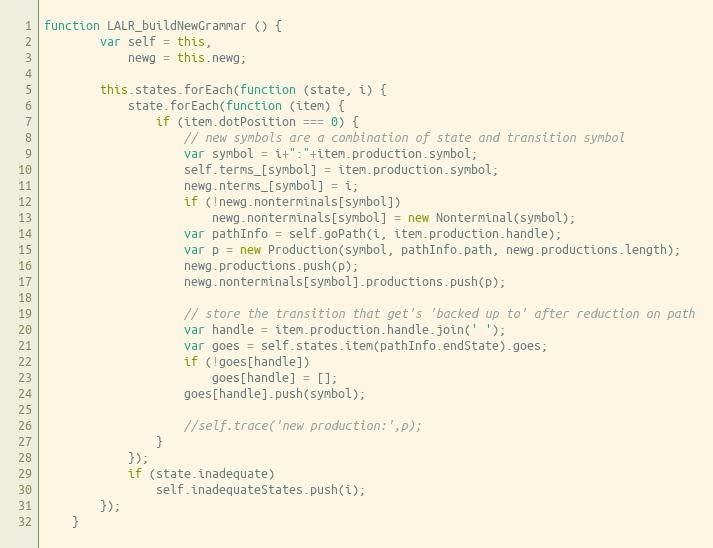
Language: JavaScript
function LALR_buildNewGrammar () {
        var self = this,
            newg = this.newg;

        this.states.forEach(function (state, i) {
            state.forEach(function (item) {
                if (item.dotPosition === 0) {
                    // new symbols are a combination of state and transition symbol
                    var symbol = i+":"+item.production.symbol;
                    self.terms_[symbol] = item.production.symbol;
                    newg.nterms_[symbol] = i;
                    if (!newg.nonterminals[symbol])
                        newg.nonterminals[symbol] = new Nonterminal(symbol);
                    var pathInfo = self.goPath(i, item.production.handle);
                    var p = new Production(symbol, pathInfo.path, newg.productions.length);
                    newg.productions.push(p);
                    newg.nonterminals[symbol].productions.push(p);

                    // store the transition that get's 'backed up to' after reduction on path
                    var handle = item.production.handle.join(' ');
                    var goes = self.states.item(pathInfo.endState).goes;
                    if (!goes[handle])
                        goes[handle] = [];
                    goes[handle].push(symbol);

                    //self.trace('new production:',p);
                }
            });
            if (state.inadequate)
                self.inadequateStates.push(i);
        });
    }